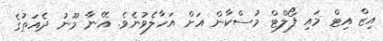
އިޒް އިޓް މައި ފޯލްޓް މުސްކާން އަށް އަހާލެވުނެވެ. އޭނާ މޫނު ދެއަތުގެ